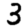
Digit: 3